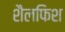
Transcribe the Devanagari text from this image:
शैलफिश